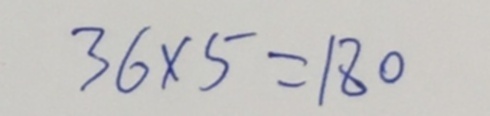
3 6 \times 5 = 1 8 0